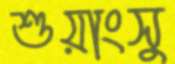
শুয়াংসু